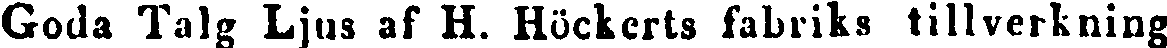
Goda Talg Ljus af H. Höckerts fabriks tillverkning